system: You are a helpful assistant.
user:
Analyze the provided spectrum to determine if it is a **S-type Star**.

- **Key Indicators for S-type Star:**

    - **(Overall Spectrum Shape):** The first and most obvious characteristic is the overall continuum (the "baseline" shape). It is **extremely "red-sloping,"** meaning the flux (light intensity) is very low on the left side (blue, ~4000-4500 Å) and rises steeply and continuously toward the right side (red, ~7000 Å+).

    - **(Primary):** The spectrum is defined by the presence of strong, broad molecular absorption "valleys" (bands) from **Zirconium Oxide (ZrO)**. The identification of these bands is the **primary requirement** for classifying a star as S-type.
        - **(Key Bandheads):** You must find distinct, deep "dips" where the light has been absorbed. The most critical band systems to locate are:
            - **~6474 Å** ($\gamma$-system): This is often the strongest and clearest ZrO feature, found in the red part of the spectrum.
            - **~5718 Å** & **~5551 Å** ($\beta$-system): A pair of prominent absorption features in the yellow-orange part of the spectrum.
            - **~4640 Å** ($\alpha$-system): A key absorption band system in the blue-green region of the spectrum.

    - **(Secondary Confirmation):** The classification is strengthened by finding additional absorption bands from other related heavy element oxides, which are expected to be present alongside ZrO.
        - **(Key Bandheads):**
            - **Yttrium Oxide (YO):** Look for absorption dips near **~4800 Å** and **~6100 Å**.
            - **Lanthanum Oxide (LaO):** Additional absorption features, particularly in the red-orange part of the spectrum, are also characteristic.

    - **(Line Profile):** The combination of the steep red continuum and these numerous, deep molecular bands (ZrO, YO, etc.) gives the entire spectrum a very **"chopped-up"** or **"bumpy"** appearance. Instead of a smooth curve, the spectrum looks as though large, wide chunks of light have been "carved out" of it at the specific wavelengths listed above.

Think first, call **spectral_visualization_tool** if needed to examine features in detail, then provide your final answer. Your response must adhere to the following strict rules:
1.  **Overall Structure:** Your response must follow the format `<think>...</think> <tool_call>...</tool_call> (if a tool is used) <answer>...</answer>`.
2.  **Tool Usage Constraint:** You may only make **one** tool call per turn.
3.  **Final Answer Format:** In the `<answer>` tag, your conclusion must be inside a `\boxed{}` command (e.g., `\boxed{YES}` or `\boxed{NO}`), followed by your justification.

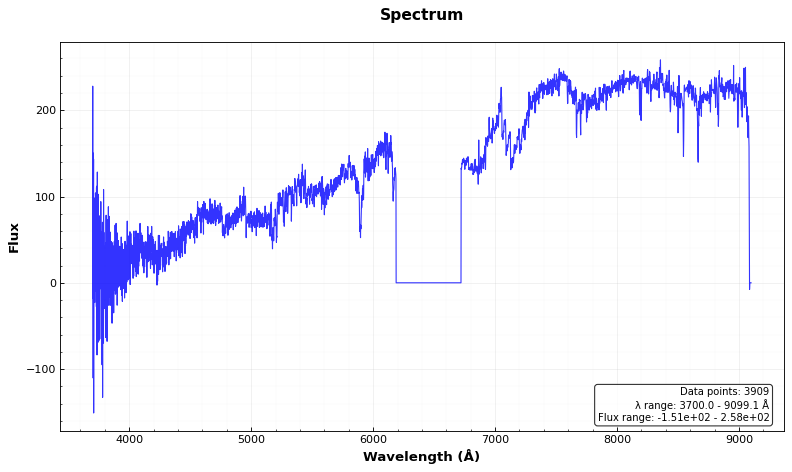
Answer: NO